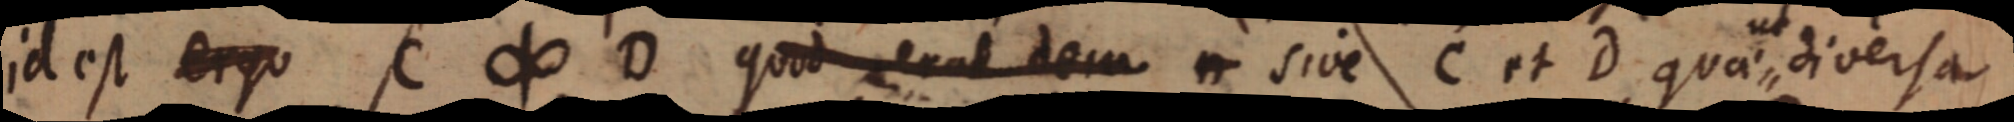
id est ergo C ∞ D quod erat dem n sive C et D quae ut diversa